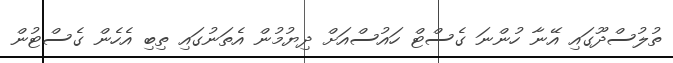
ތުލުސްދޫގައި އޭނާ ހުންނަ ގެސްޓް ހައުސްއަށް ދިޔުމުން އެތަނުގައި ތިބި އެހެން ގެސްޓުން